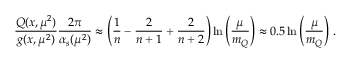
\frac { Q ( x , \mu ^ { 2 } ) } { g ( x , \mu ^ { 2 } ) } \frac { 2 \pi } { \alpha _ { s } ( \mu ^ { 2 } ) } \approx \left( \frac { 1 } { n } - \frac { 2 } { n + 1 } + \frac { 2 } { n + 2 } \right) \ln \left( \frac { \mu } { m _ { Q } } \right) \approx 0 . 5 \ln \left( \frac { \mu } { m _ { Q } } \right) \, .